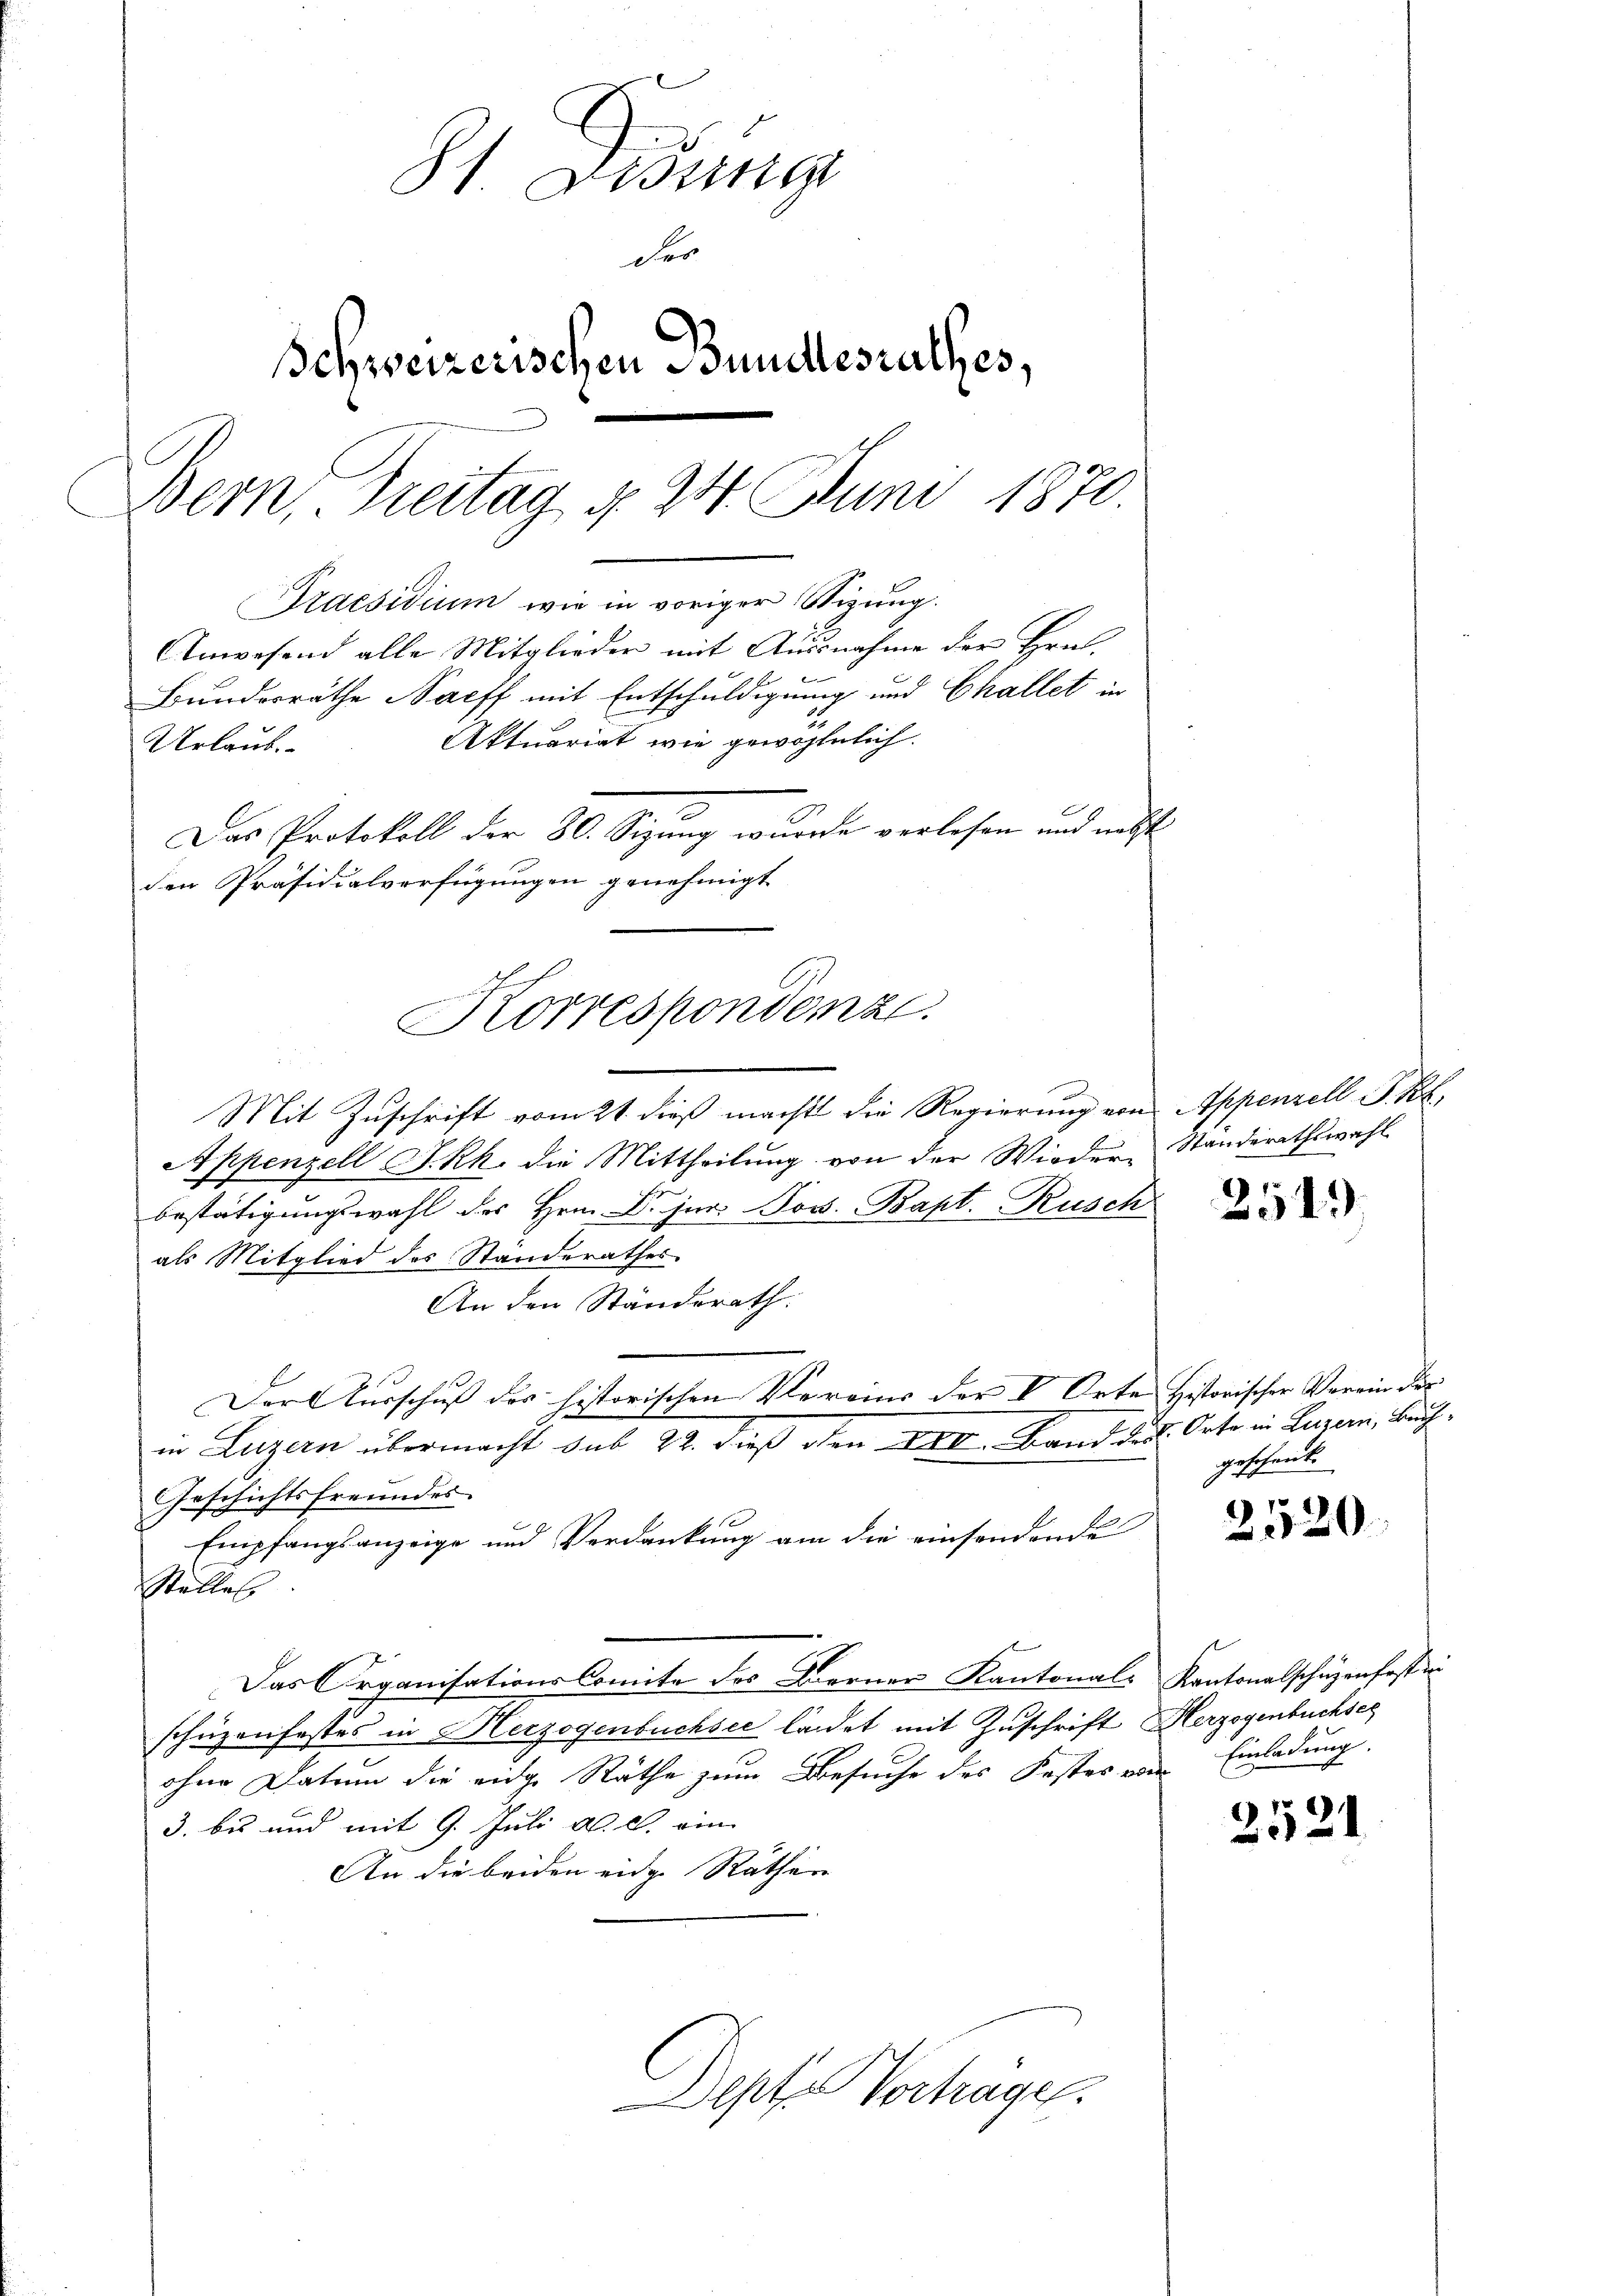
81 Didung
Fer
Schweizerischen Bundesrathes,
Bern, Treitag d. 24. Juni 1870.
Praesidium wie in voriger Stizung.
Anwesend alle Mitglieder mit Aussnahme der Hrn.
Bundesräthe Nacff mit Entschuldigung und Challet in
Aktuariat wie gewöhnlich.
Urlaub.
Das Protokoll der 80. Sizung wurde verlesen und nebst
den Präsidialverfügungen genehmigt

Korrespondenze.

Mit Zuschrift vom 21. dieß macht die Regierung von Appenzell I. Kl
Appenzell I.Rh. die Mittheilung von der Wieder Standerathswahl
bestätigungswahl des Hrn. Dr. jur. Jos. Bapt. Rusch
als Mitglied des Standerathes
An den Ständerath.
Der Aŭsschŭβ des historischen Vereins der V. Orte Historischer Verein des
in Luzern übermacht sub 22. dieß den XXII. Band der Orte in Luzern, Buch¬
Geschichtsfreundes
Empfangsanzeige und Verdankung am die einsendende
Stelles
Das Organisations Comite des Berner Kantonal-Kantonalschützenfosten
schäzenfestes in Herzogenbuchsee ländet mit Zuschrift Herzogenbuchses
ohne Datum die eidg. Räthe zum Besuche des Festes von Einladung.
3. bis und mit 9. Juli a. c. ein
An die beiden eidge Räthen
Depte Vortrage.

254.

geschaut.

25520.

2521